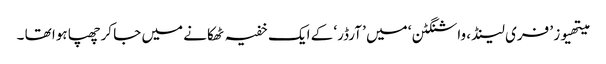
میتھیوز ’ فری لینڈ ، واشنگٹن ‘ میں ’ آرڈر‘ کے ایک خفیہ ٹھکانے میں جا کرچھپا ہوا تھا ۔